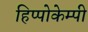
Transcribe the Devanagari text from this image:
हिप्पोकेम्पी